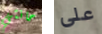
حانتي على